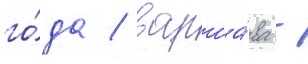
го́да / варша́ва -